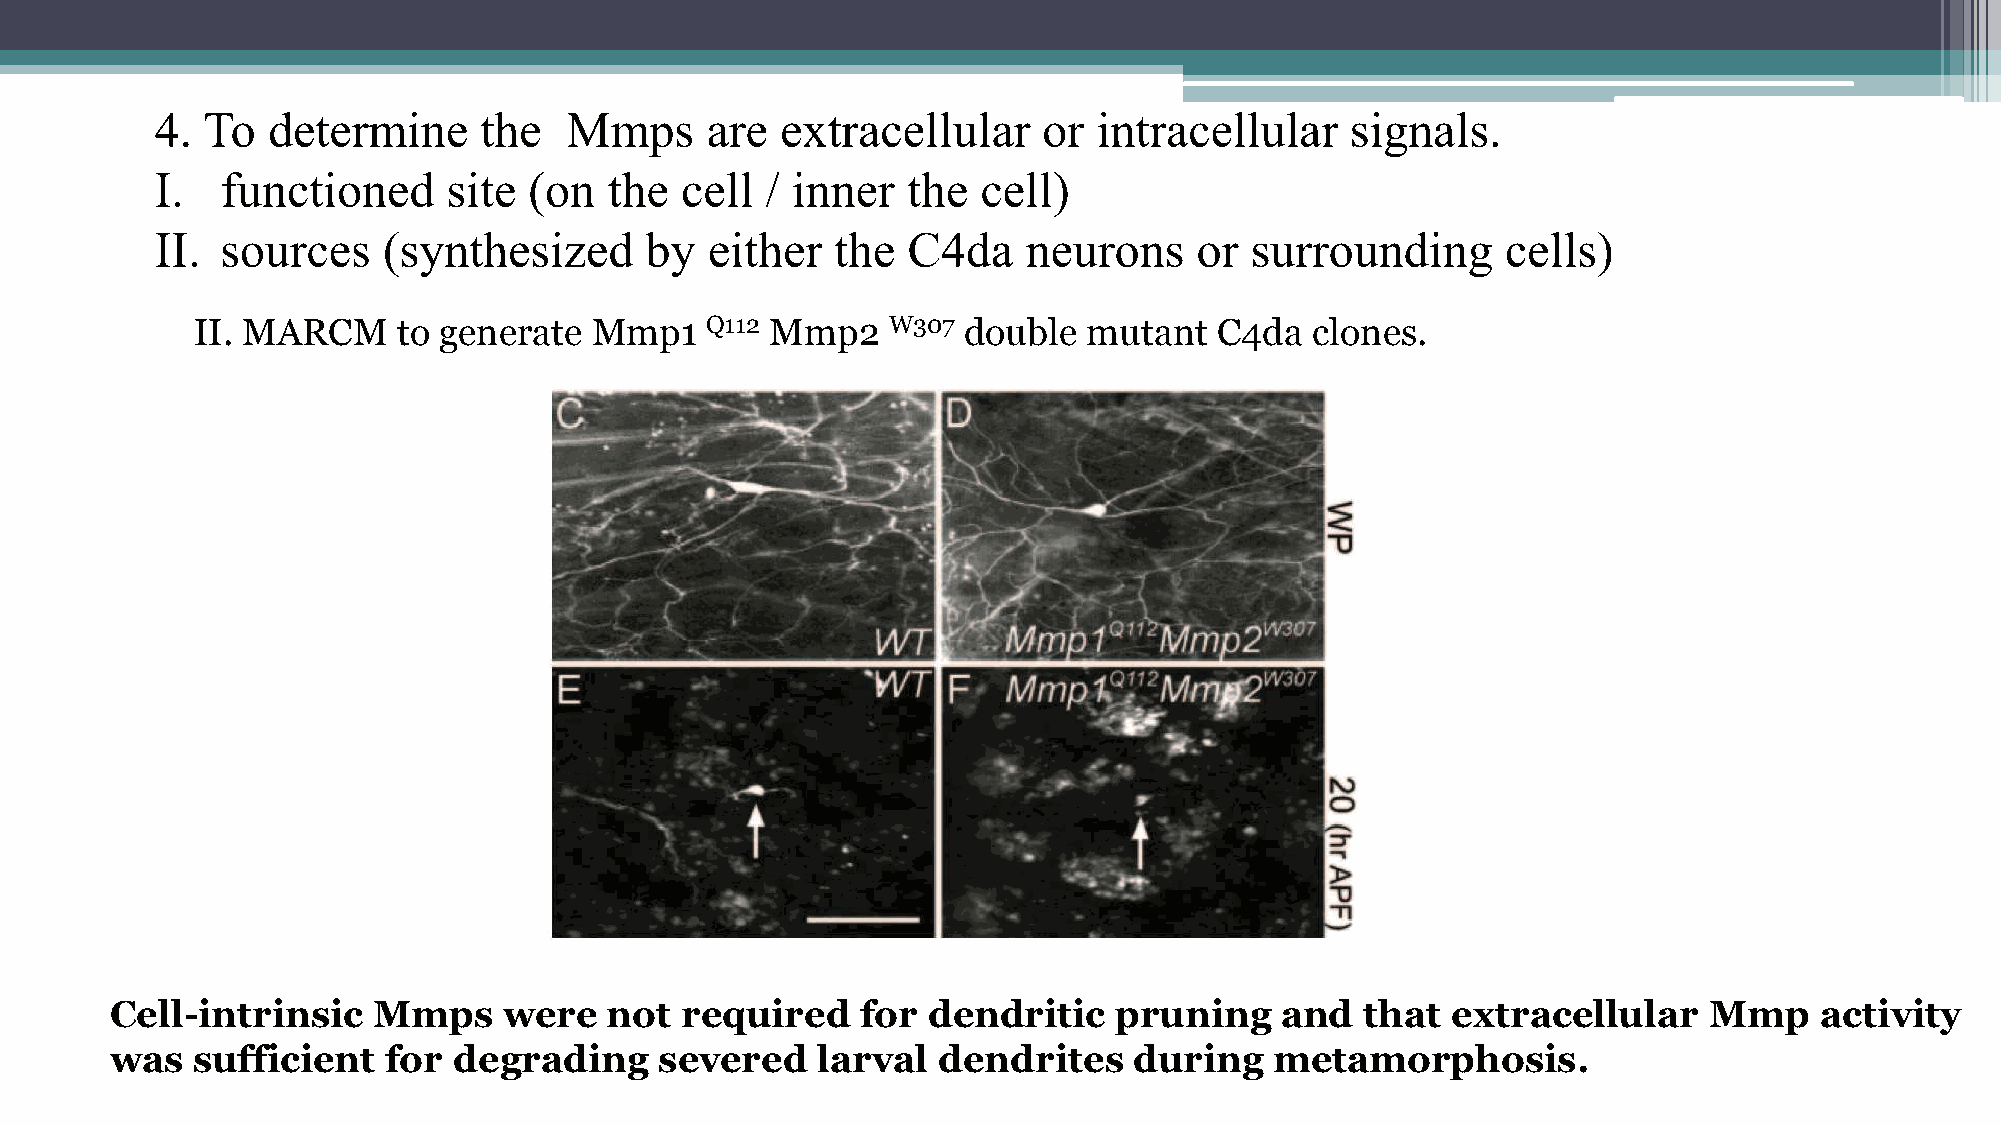
4. To   determine     the  Mmps      are  extracellular    or  intracellular   signals.
 I.   functioned     site (on  the  cell  / inner  the  cell)
 II.  sources   (synthesized      by  either  the  C4da    neurons    or  surrounding      cells)
 II. MARCM    to generate  Mmp1    Q112 Mmp2   W307 double  mutant   C4da  clones.
 Cell-intrinsic    Mmps    were   not  required    for dendritic    pruning    and  that  extracellular    Mmp    activity
 was   sufficient   for degrading     severed   larval  dendrites    during   metamorphosis.